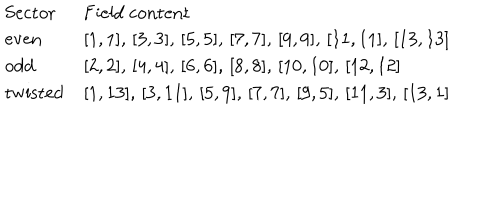
\begin{array} { l l } { { \mathrm { S e c t o r } \ \ } } & { { \mathrm { F i e l d ~ c o n t e n t } } } \\ { { \mathrm { e v e n } } } & { { [ 1 , 1 ] , \, [ 3 , 3 ] , \, [ 5 , 5 ] , \, [ 7 , 7 ] , \, [ 9 , 9 ] , \, [ 1 1 , 1 1 ] , \, [ 1 3 , 1 3 ] } } \\ { { \mathrm { o d d } } } & { { [ 2 , 2 ] , \, [ 4 , 4 ] , \, [ 6 , 6 ] , \, [ 8 , 8 ] , \, [ 1 0 , 1 0 ] , \, [ 1 2 , 1 2 ] } } \\ { { \mathrm { t w i s t e d } } } & { { [ 1 , 1 3 ] , \, [ 3 , 1 1 ] , \, [ 5 , 9 ] , \, [ 7 , 7 ] , \, [ 9 , 5 ] , \, [ 1 1 , 3 ] , \, [ 1 3 , 1 ] } } \\ \end{array}